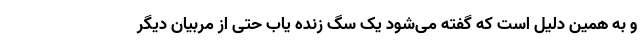
و به همین دلیل است که گفته می‌شود یک سگ زنده یاب حتی از مربیان دیگر